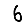
Digit: 6